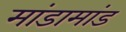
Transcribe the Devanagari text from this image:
मांडामांड